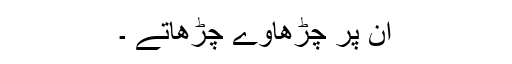
ان پر چڑھاوے چڑھاتے ۔